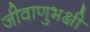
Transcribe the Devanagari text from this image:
जीवाणुभक्षी